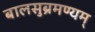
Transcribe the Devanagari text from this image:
बालसुब्रमण्यम्